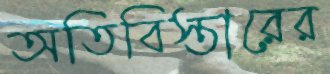
অতিবিস্তারের